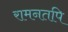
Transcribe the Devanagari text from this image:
रामनतपि